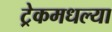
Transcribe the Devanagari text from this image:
ट्रेकमधल्या